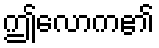
ဤလောက၏